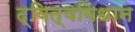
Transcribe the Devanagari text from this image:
द्वित्वविधान